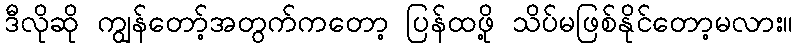
ဒီလိုဆို ကျွန်တော့်အတွက်ကတော့ ပြန်ထဖို့ သိပ်မဖြစ်နိုင်တော့မလား။